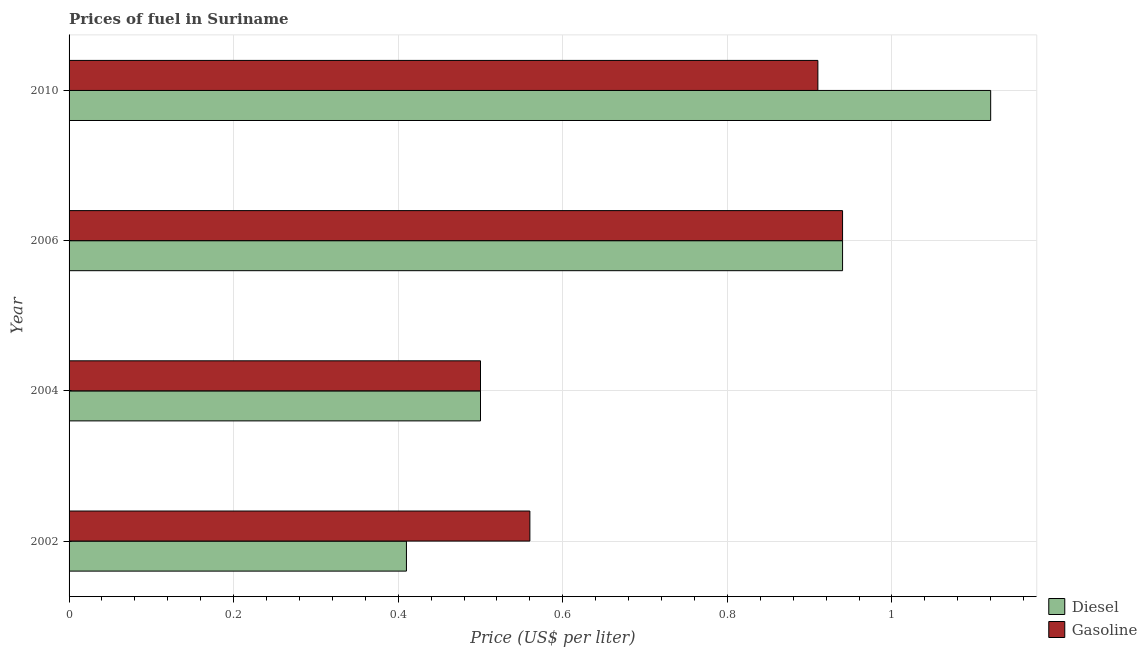
| Year | Diesel | Gasoline |
 | --- | --- | --- |
 | 2002 | 0.41 | 0.56 |
 | 2004 | 0.5 | 0.5 |
 | 2006 | 0.94 | 0.94 |
 | 2010 | 1.12 | 0.91 |